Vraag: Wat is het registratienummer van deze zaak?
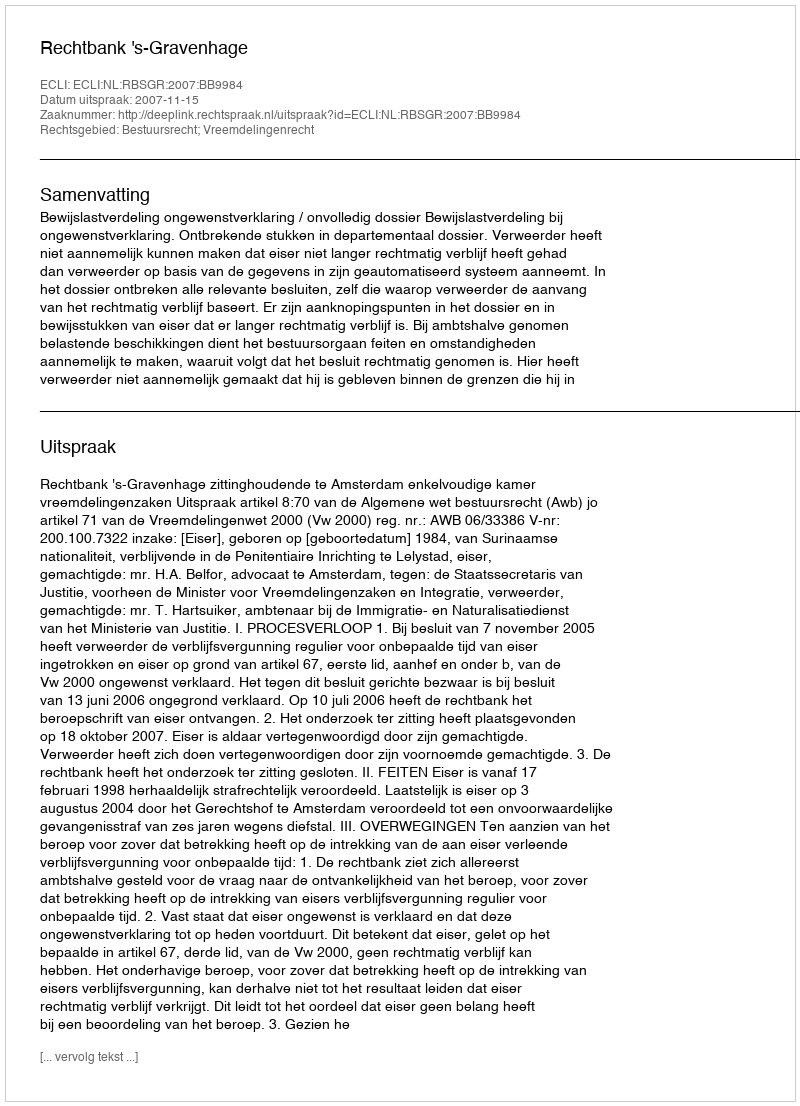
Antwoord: http://deeplink.rechtspraak.nl/uitspraak?id=ECLI:NL:RBSGR:2007:BB9984